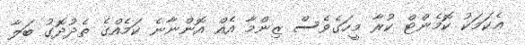
ޢެކަމަކު ކޮމެންޓް ކުރާ މީހަގެވެސް ޒިންމާ އެއް އޮންނާނެ ކަމެއްގެ ތެދުދޮގު ބަލާ